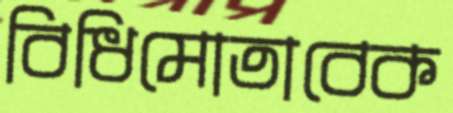
বিধিমোতাবেক